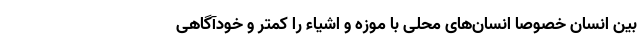
بین انسان خصوصا انسان‌های محلی با موزه و اشیاء را کمتر و خودآگاهی